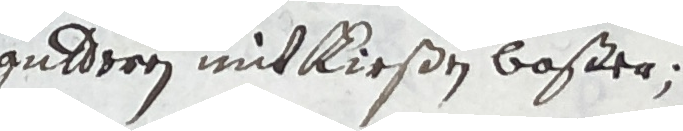
gutdoren mit kir�en boßer.